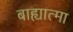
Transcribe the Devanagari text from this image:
बाह्यात्मा